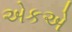
એકએ